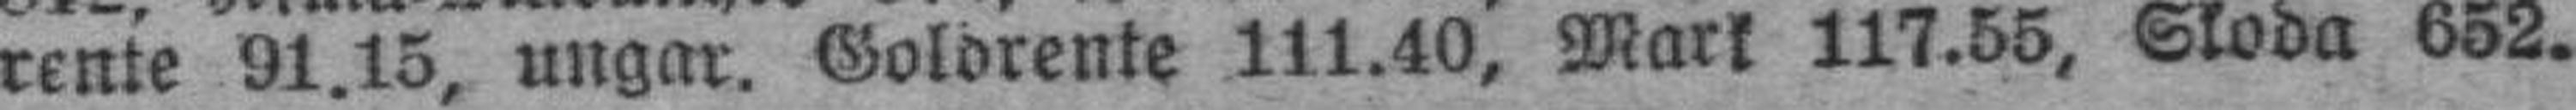
rente 91.15, Ungar. Goldrente 111.40, Mark 117.55, Skoda 652.